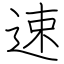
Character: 速